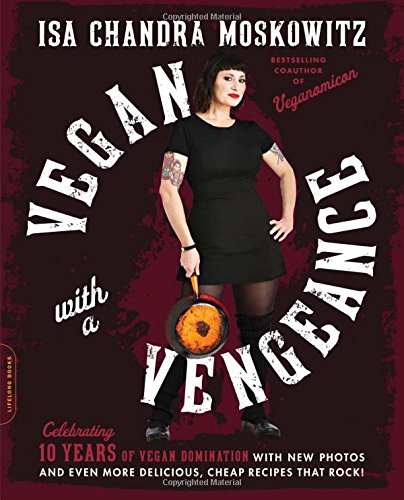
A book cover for Vegan with a Vengeance, 10th Anniversary Edition: Over 150 Delicious, Cheap, Animal-Free Recipes That Rock; Isa Chandra Moskowitz; Cookbooks, Food & Wine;